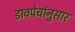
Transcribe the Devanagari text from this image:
डावपेचांनुसार